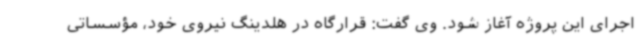
اجرای این پروژه آغاز شود. وی گفت: قرارگاه در هلدینگ نیروی خود، مؤسساتی